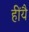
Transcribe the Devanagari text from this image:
हींयै